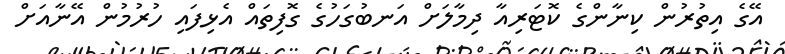
އޭގެ އިތުރުން ކިނާންގެ ކޮޓަރިއާ ދިމާލަށް އަނބުގަހުގެ ގޮފިތައް އެޅިފައި ހުރުމުން އޭނާއަށް